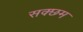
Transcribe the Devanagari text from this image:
सक्छम